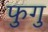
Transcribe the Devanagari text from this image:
फुगु